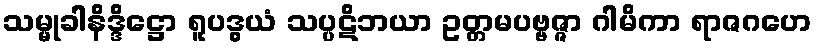
သမ္မုခါနိဒ္ဒိဋ္ဌော ရူပဒွယံ သပ္ပဋိဘယာ ဥတ္တမပဗ္ဗဇ္ဇာ ဂါမိကာ ရာဇဂဟေ